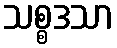
သစ္စဒသာ